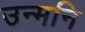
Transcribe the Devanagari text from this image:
उन्मनि